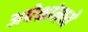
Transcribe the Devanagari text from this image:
अपेक्षांमध्ये